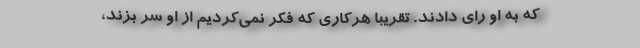
که به او رای دادند. تقریبا هرکاری که فکر نمی‌کردیم از او سر بزند،